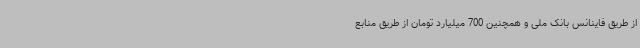
از طریق فاینانس بانک ملی و همچنین 700 میلیارد تومان از طریق منابع